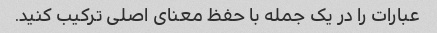
عبارات را در یک جمله با حفظ معنای اصلی ترکیب کنید.